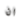
ان